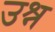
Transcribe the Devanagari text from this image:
उश्न